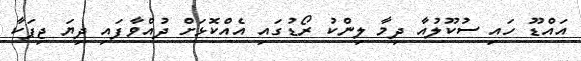
އައްޑޫ ހައި ސުކޫލުއާ ދިމާ ލިންކު ރޯޑުގައި އެއްކޮޅަށް ދުއްވާފައި ދިޔަ ޖިޕަކާ